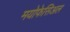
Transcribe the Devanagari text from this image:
मयोफेसिअल